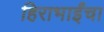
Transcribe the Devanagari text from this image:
हिराभाईंचा